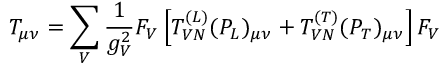
T _ { \mu \nu } = \sum _ { V } \frac { 1 } { g _ { V } ^ { 2 } } F _ { V } \left[ T _ { V N } ^ { ( L ) } ( P _ { L } ) _ { \mu \nu } + T _ { V N } ^ { ( T ) } ( P _ { T } ) _ { \mu \nu } \right] F _ { V }